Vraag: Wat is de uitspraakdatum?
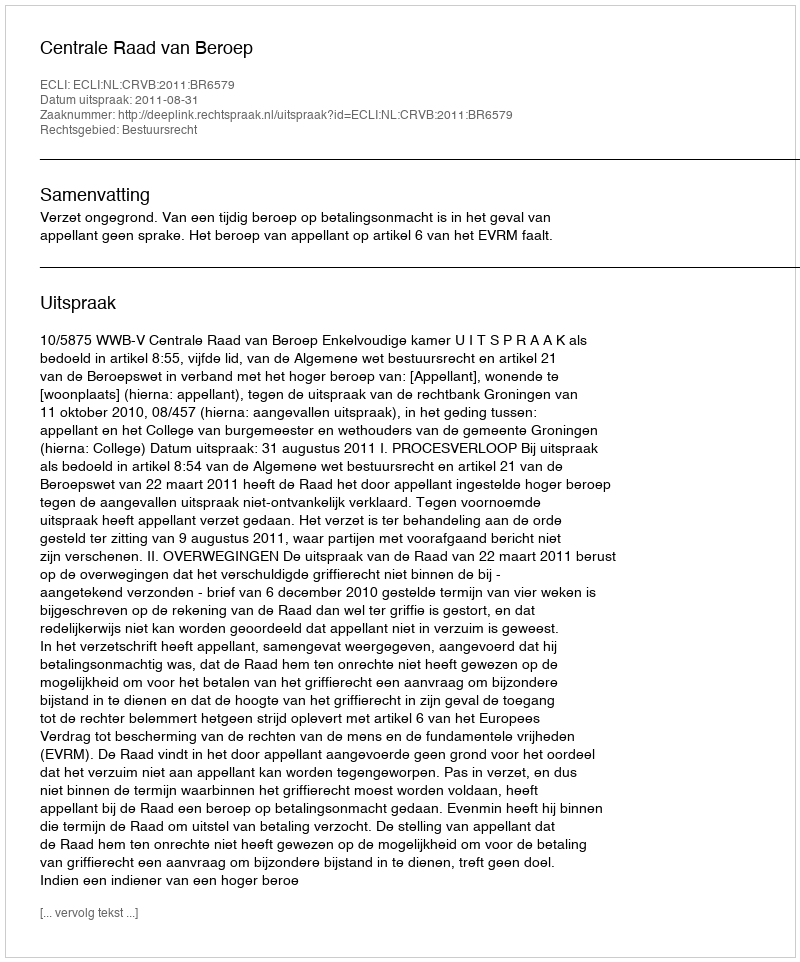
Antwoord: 2011-08-31